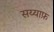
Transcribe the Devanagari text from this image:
सय्याफ़